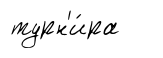
турн'и́ра